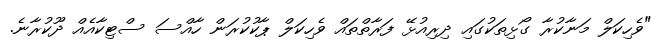
"ވެހިކަލް މަނާކުރާ ގޯޅިތަކުގައި ދިރިއުޅޭ ފަރާތްތައް ވެހިކަލް ޕާކުކުރަން ހާއްސަ ސްޓިކާއެއް ދޫކުރާނެ.